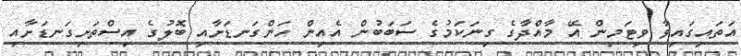
އަތައިގައިވާ ވިޓަމިން އޭ މާއްދާގެ ގިނަކަމުގެ ސަބަބުން އެއިން ހަންގަނޑަށާއި ބޮލުގެ އިސްތަށިގަނޑަށާއި